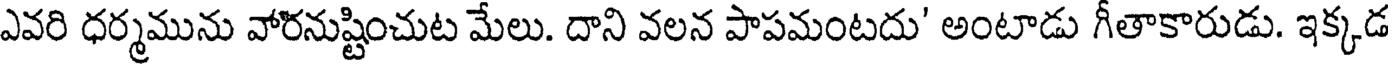
ఎవరి ధర్మమును వారనుష్టించుట మేలు. దాని వలన పాపమంటదు' అంటాడు గీతాకారుడు. ఇక్కడ